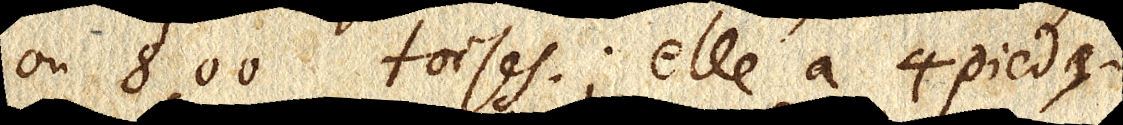
ou 800 toises; elle a 4 pieds;